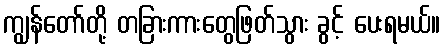
ကျွန်တော်တို့ တခြားကားတွေဖြတ်သွား ခွင့် ပေးရမယ်။